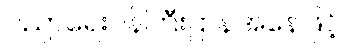
ပညာရေးဝန်ကြီးဌာနအနေဖြင့်